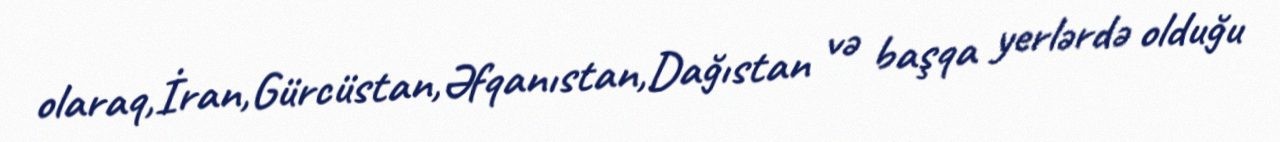
olaraq,İran,Gürcüstan,Əfqanıstan,Dağıstan və başqa yerlərdə olduğu